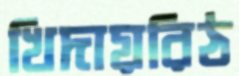
খিদায়রিঠ